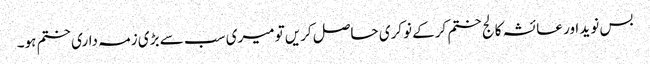
بس نوید اور عائشہ کالج ختم کرکے نوکری حاصل کریں‌تو میری سب سے بڑی زمہ داری ختم ہو۔